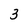
Character: 3